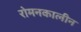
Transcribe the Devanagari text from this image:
रोमनकालीन